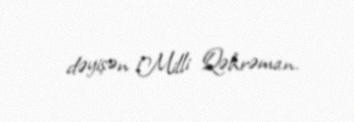
dəyişən Milli Qəhrəman.